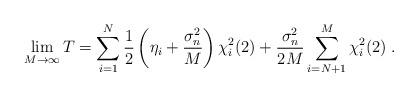
LaTeX: \begin{align*}\lim_{M\to\infty}T=\sum_{i=1}^N\frac{1}{2}\left(\eta_i+\frac{\sigma_n^2}{M}\right)\chi_{i}^2(2)+\frac{\sigma_n^2}{2M}\sum_{i=N+1}^M\chi_{i}^2(2) \; .\end{align*}